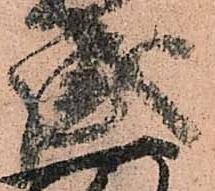
盛